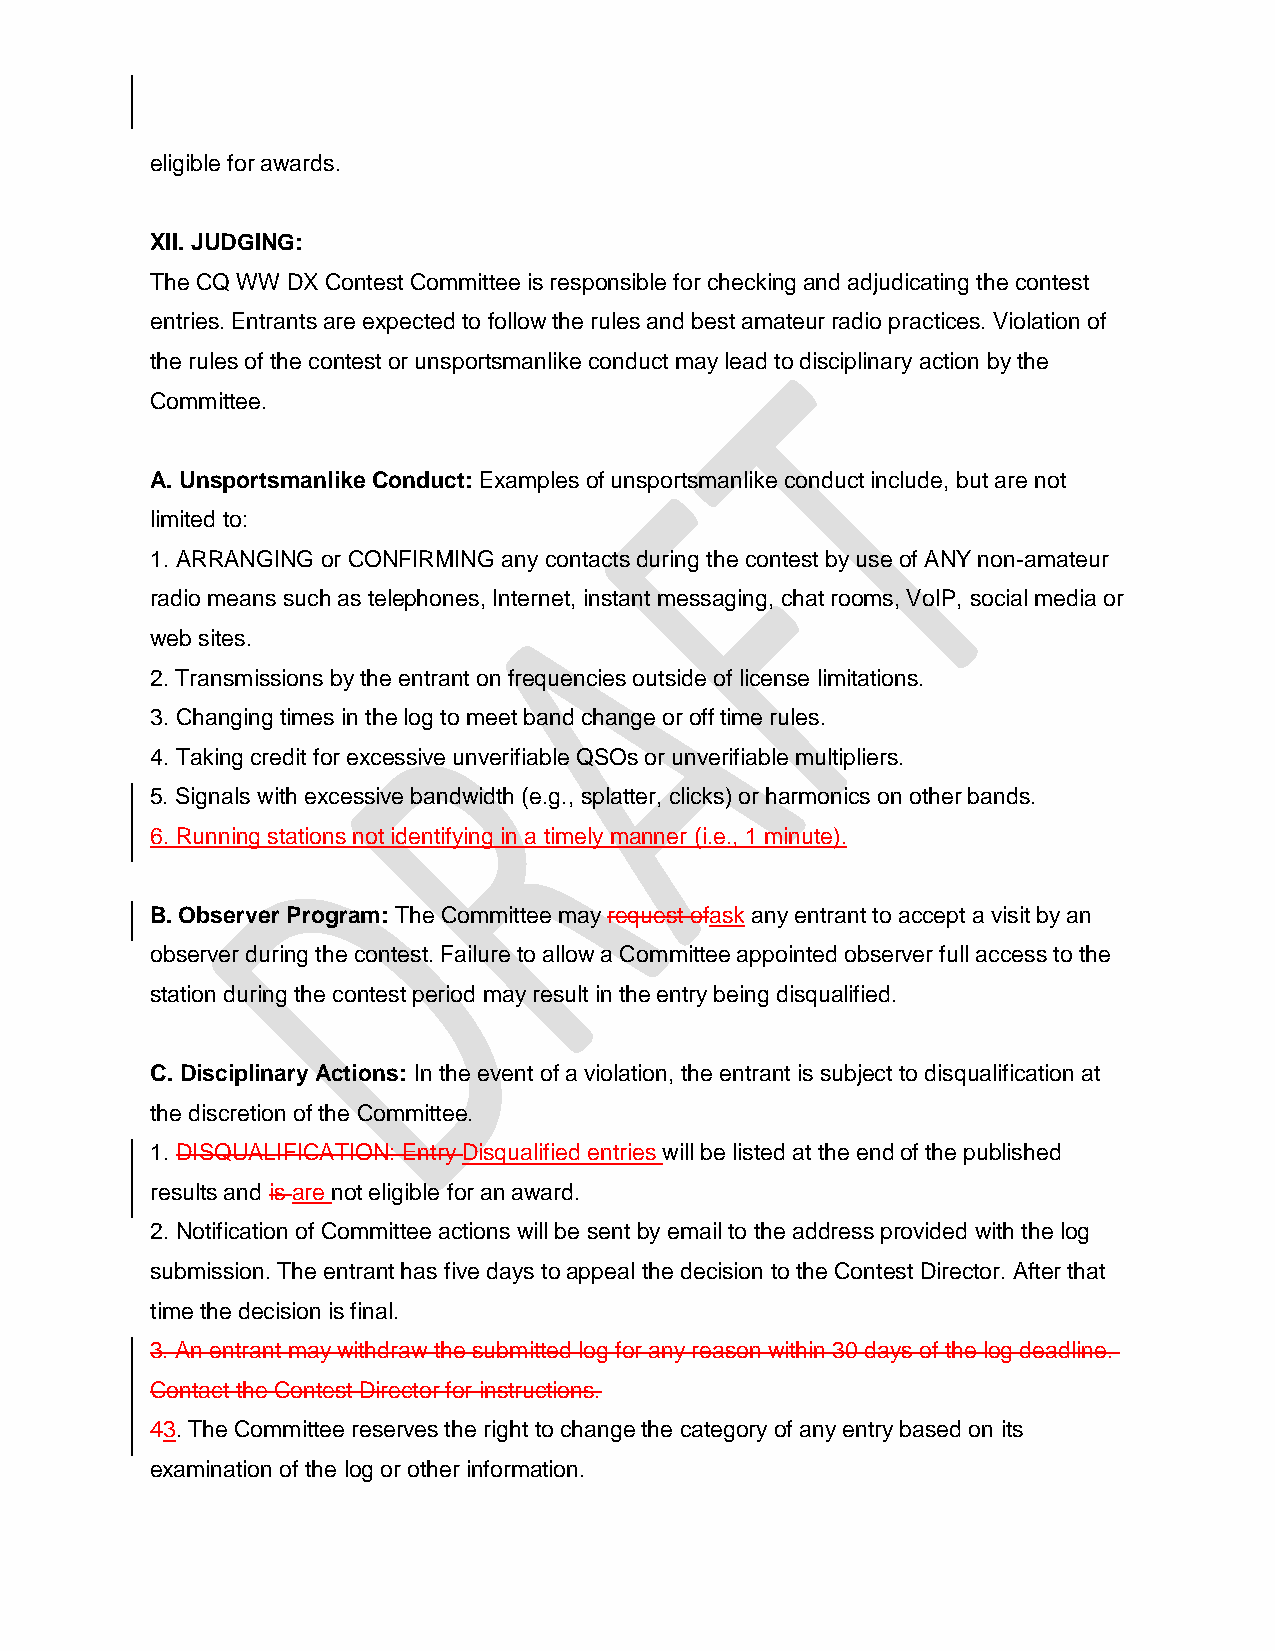
eligible for awards.
 XII. JUDGING:
 The CQ WW DX Contest Committee is responsible for checking and adjudicating the contest
 entries. Entrants are expected to follow the rules and best amateur radio practices. Violation of
 the rules of the contest or unsportsmanlike conduct may lead to disciplinary action by the
 Committee.
 A. Unsportsmanlike Conduct: Examples of unsportsmanlike conduct include, but are not
 limited to:
 1. ARRANGING or CONFIRMING any contacts during the contest by use of ANY non-amateur
 radio means such as telephones, Internet, instant messaging, chat rooms, VoIP, social media or
 web sites.
 2. Transmissions by the entrant on frequencies outside of license limitations.
 3. Changing times in the log to meet band change or off time rules.
 4. Taking credit for excessive unverifiable QSOs or unverifiable multipliers.
 5. Signals with excessive bandwidth (e.g., splatter, clicks) or harmonics on other bands.
 6. Running stations not identifying in a timely manner (i.e., 1 minute).
 B. Observer Program: The Committee may request ofask any entrant to accept a visit by an
 observer during the contest. Failure to allow a Committee appointed observer full access to the
 station during the contest period may result in the entry being disqualified.
 C. Disciplinary Actions: In the event of a violation, the entrant is subject to disqualification at
 the discretion of the Committee.
 1. DISQUALIFICATION: Entry Disqualified entries will be listed at the end of the published
 results and is are not eligible for an award.
 2. Notification of Committee actions will be sent by email to the address provided with the log
 submission. The entrant has five days to appeal the decision to the Contest Director. After that
 time the decision is final.
 3. An entrant may withdraw the submitted log for any reason within 30 days of the log deadline.
 Contact the Contest Director for instructions.
 43. The Committee reserves the right to change the category of any entry based on its
 examination of the log or other information.